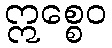
ဣစ္စေဝ